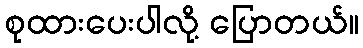
စုထားပေးပါလို့ ပြောတယ်။